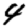
Digit: 4